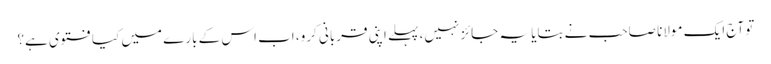
تو آج ایک مولانا صاحب نے بتایا یہ جائز نہیں، پہلے اپنی قربانی کرو، اب اس کے بارے میں کیا فتوی ہے؟